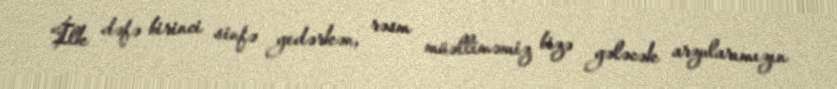
“İlk dəfə birinci sinfə gedərkən, rəsm müəlliməmiz bizə gələcək arzularımızın